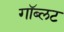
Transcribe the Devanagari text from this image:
गॉब्लट